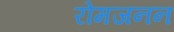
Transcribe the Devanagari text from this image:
रोमजनन